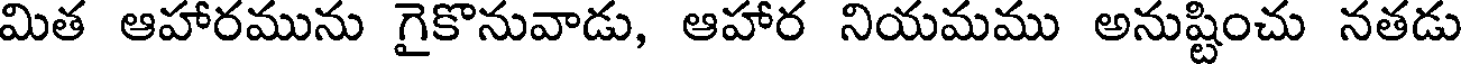
మిత ఆహారమును గైకొనువాడు, ఆహార నియమము అనుష్టించు నతడు